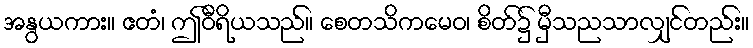
အနွယကား။ ဧတံ၊ ဤဝီရိယသည်။ စေတသိကမေဝ၊ စိတ်၌ မှီသညသာလျှင်တည်း။